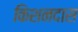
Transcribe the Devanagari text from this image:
किशनदास